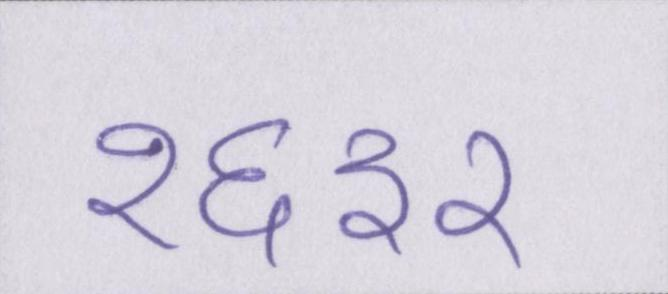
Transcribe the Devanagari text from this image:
१६३२